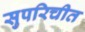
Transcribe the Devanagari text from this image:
सुपरिचीत